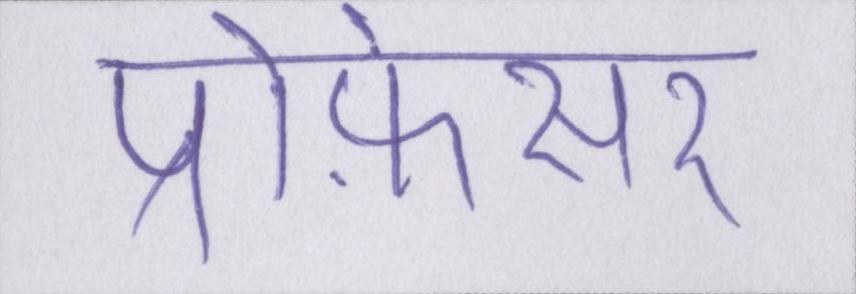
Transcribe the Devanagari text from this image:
प्रोफ़ेसर